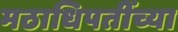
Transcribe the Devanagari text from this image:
मठाधिपतींच्या